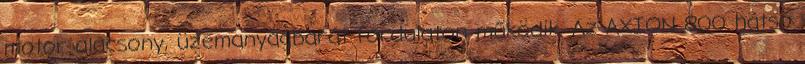
motor alacsony, üzemanyagbarát fordulaton működik. Az AXION 800 hátsó